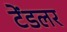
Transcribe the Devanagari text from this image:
टेंडलर